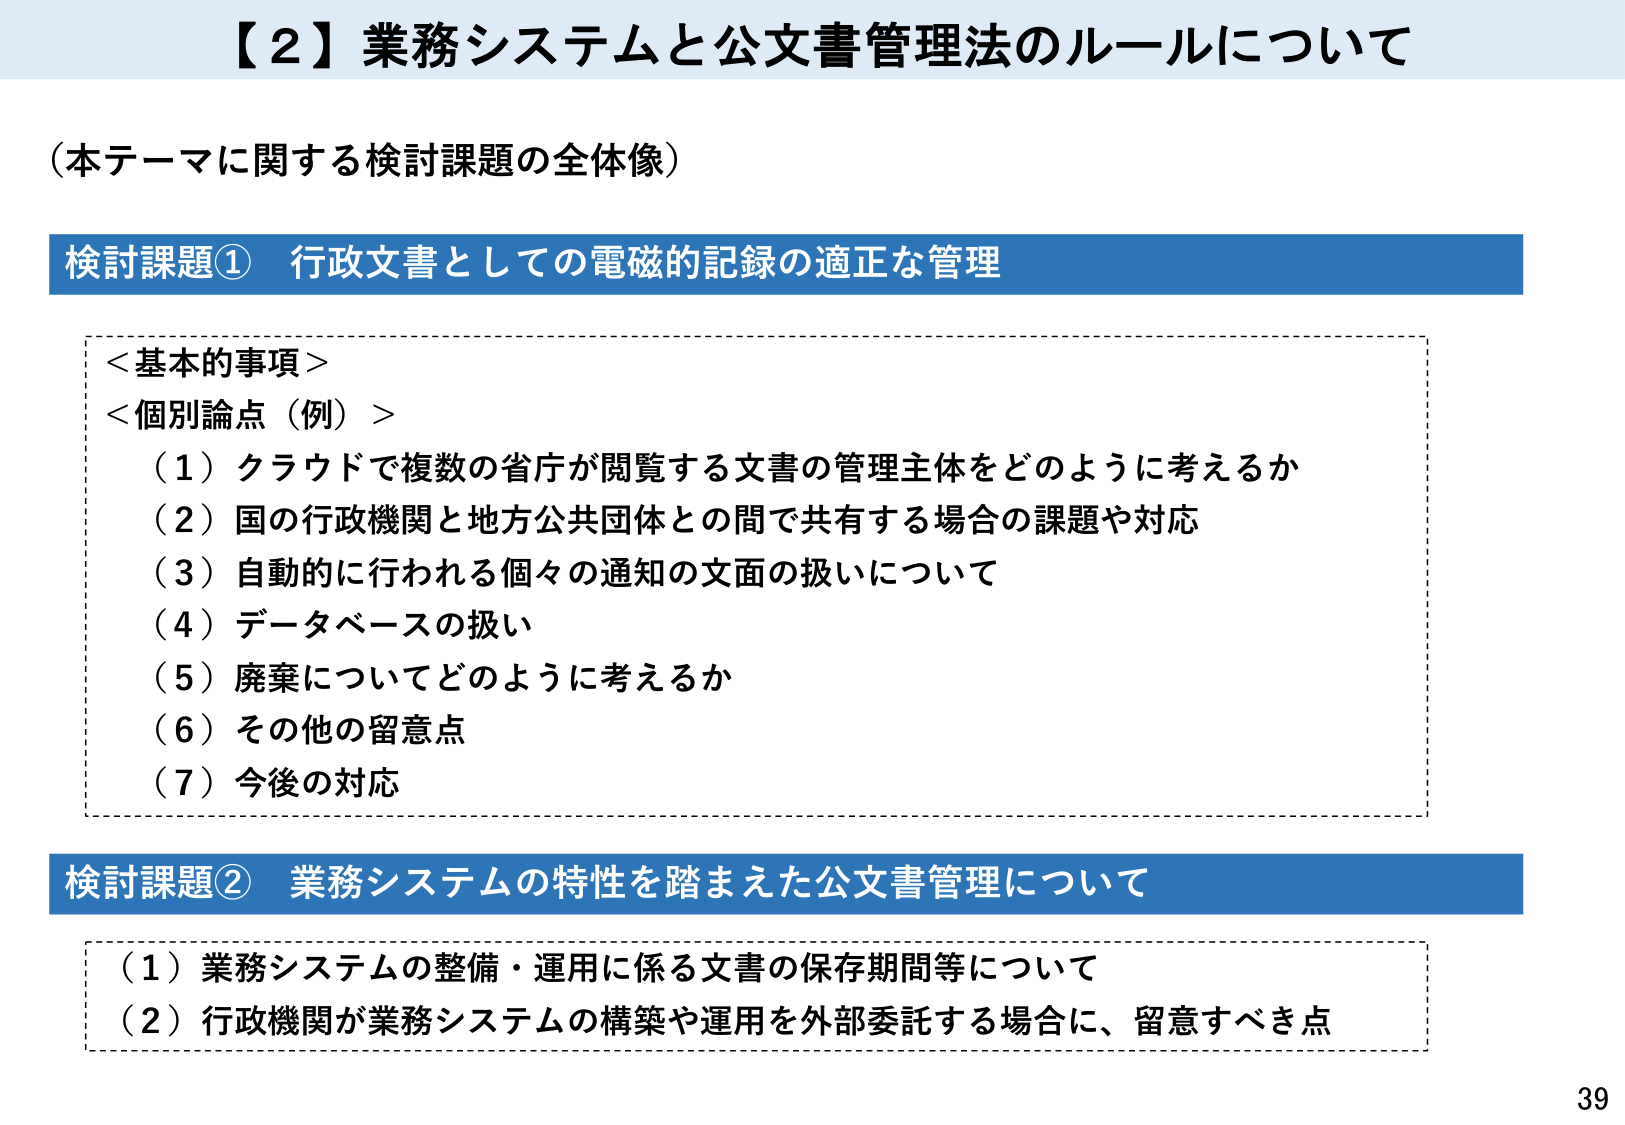
【２】業務システムと公文書管理法のルールについて

（本テーマに関する検討課題の全体像）

検討課題① 行政文書としての電磁的記録の適正な管理

＜基本的事項＞
＜個別論点（例）＞
（１）クラウドで複数の省庁が閲覧する文書の管理主体をどのように考えるか
（２）国の行政機関と地方公共団体との間で共有する場合の課題や対応
（３）自動的に行われる個々の通知の文面の扱いについて
（４）データベースの扱い
（５）廃棄についてどのように考えるか
（６）その他の留意点
（７）今後の対応

検討課題② 業務システムの特性を踏まえた公文書管理について

（１）業務システムの整備・運用に係る文書の保存期間等について
（２）行政機関が業務システムの構築や運用を外部委託する場合に、留意すべき点

39